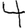
Digit: 4